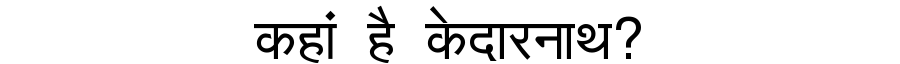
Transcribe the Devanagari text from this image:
कहां है केदारनाथ?